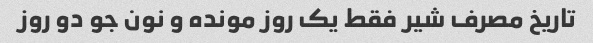
تاریخ مصرف شیر فقط یک روز مونده و نون جو دو روز